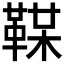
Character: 𩋞